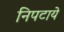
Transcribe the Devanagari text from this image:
निपटाये